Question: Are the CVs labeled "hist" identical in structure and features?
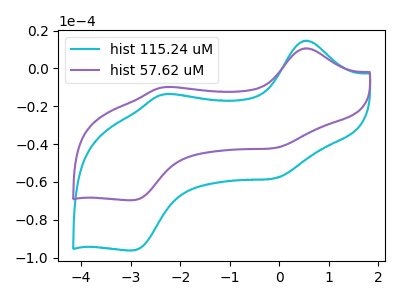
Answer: <think>The cyan curve "hist 115.24 uM" has anodic peaks at (0.50V, 14.70uA) (-2.35V, -13.70uA) and cathodic peaks at (-0.10V, -58.05uA) (-2.95V, -96.25uA). The purple curve "hist 57.62 uM" has anodic peaks at (0.50V, 10.65uA) (-2.35V, -9.90uA) and cathodic peaks at (-0.10V, -42.00uA) (-2.95V, -69.70uA).
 All the peaks in "hist 115.24 uM" have a peak in "hist 57.62 uM" at the same potential.</think>
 <answer>All the CV's of "hist" have similar shape.</answer>
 <eval>follow_rule</eval>